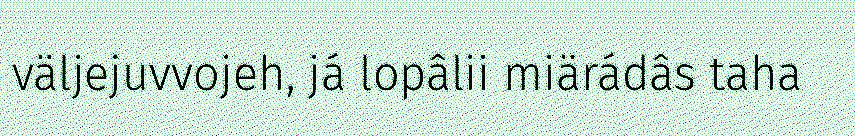
väljejuvvojeh, já lopâlii miärádâs taha